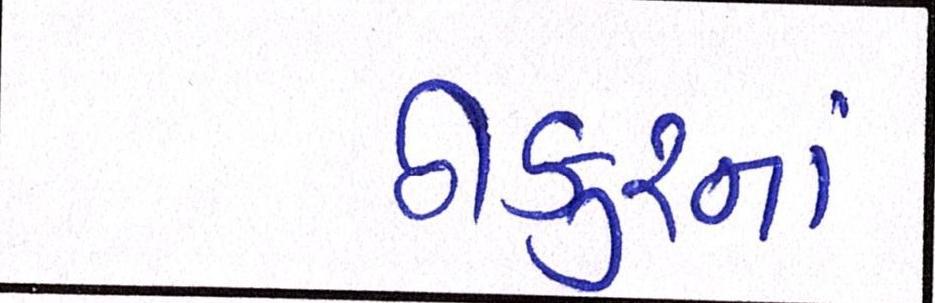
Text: ઠાકુરનાં